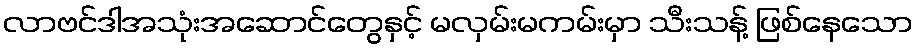
လာဗင်ဒါအသုံးအဆောင်တွေနှင့် မလှမ်းမကမ်းမှာ သီးသန့် ဖြစ်နေသော